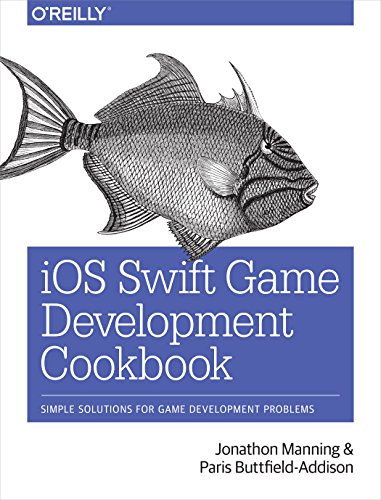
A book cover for iOS Swift Game Development Cookbook: Simple Solutions for Game Development Problems; Jonathon Manning; Computers & Technology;